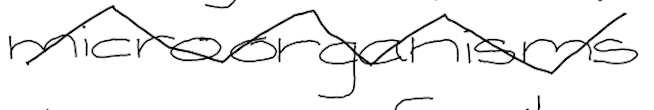
Text: microorganisms
Cross-out: zig-zag
Writing tool: digital_black